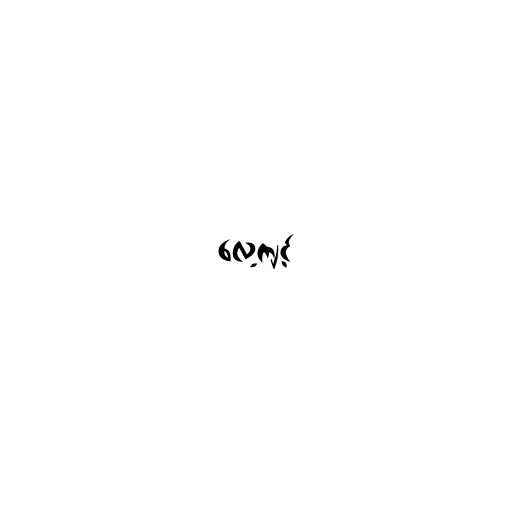
လေ့ကျင့်